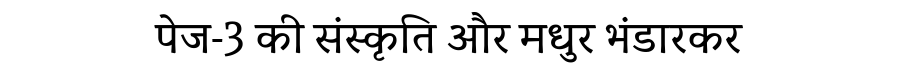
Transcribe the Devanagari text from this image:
पेज-3 की संस्कृति और मधुर भंडारकर